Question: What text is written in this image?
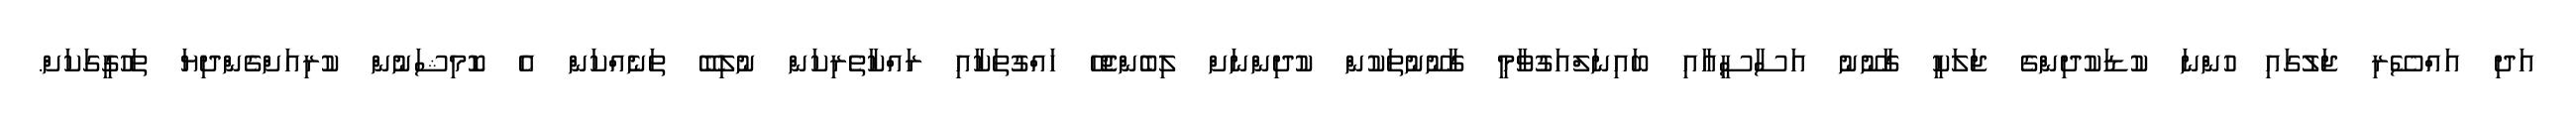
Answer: އަދި އައްސޭރި ޖަލުގައި ހުންނަ ކުޑަކުދިންގެ ޖަލަކީ ގާނޫނު އަސާސީއާއި ބައިނަލްއަގުވާމީ ގާނޫނުތަކުން ކުދިންނަށް ލިބެންޖެހޭ ހައްގުތަކާއި ރައްކާތެރިކަން ނުލިބޭ ތަނެއްކަން އެ ކޮމިޝަނުން ކުރިއަށްގެންދިޔަ ތަހުގީގަކަށް.